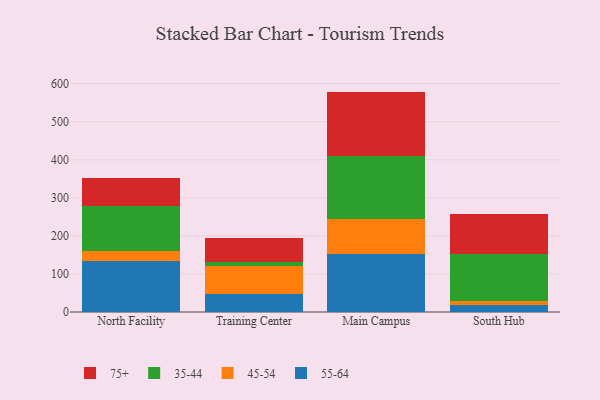
{"axis": {"x": "Campus", "y": "Waste Production (Tons)"}, "legend": ["35-44", "45-54", "55-64", "75+"], "data": [{"x": "North Facility", "y": 134.7, "type": "55-64"}, {"x": "North Facility", "y": 26.4, "type": "45-54"}, {"x": "North Facility", "y": 118.5, "type": "35-44"}, {"x": "North Facility", "y": 72.3, "type": "75+"}, {"x": "Training Center", "y": 47.2, "type": "55-64"}, {"x": "Training Center", "y": 74.5, "type": "45-54"}, {"x": "Training Center", "y": 9.4, "type": "35-44"}, {"x": "Training Center", "y": 62.6, "type": "75+"}, {"x": "Main Campus", "y": 151.2, "type": "55-64"}, {"x": "Main Campus", "y": 92.4, "type": "45-54"}, {"x": "Main Campus", "y": 166.2, "type": "35-44"}, {"x": "Main Campus", "y": 169.4, "type": "75+"}, {"x": "South Hub", "y": 17.1, "type": "55-64"}, {"x": "South Hub", "y": 11.4, "type": "45-54"}, {"x": "South Hub", "y": 123.2, "type": "35-44"}, {"x": "South Hub", "y": 105.5, "type": "75+"}]}